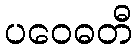
ပဝေဓတီ